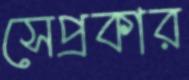
সেপ্রকার